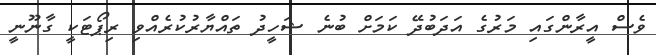
ވެސް އީރާންގައި މަރުގެ އަދަބުދޭ ކަމަށް ބުނެ ޝަހީދު ތައްޔާރުކުރެއްވި ރިޕޯޓަކީ ގާނޫނީ